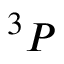
^ 3 P